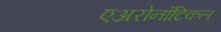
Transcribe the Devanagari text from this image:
एअरोनॉटिकल